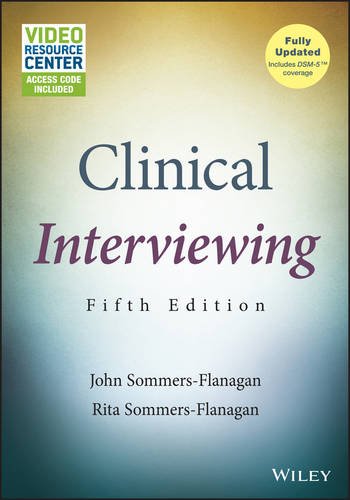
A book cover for Clinical Interviewing, with Video Resource Center; John Sommers-Flanagan; Medical Books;